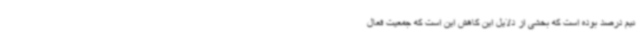
نیم درصد بوده است که بخشی از دلایل این کاهش این است که جمعیت فعال